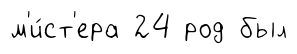
м'и́ст'ера 24 род был